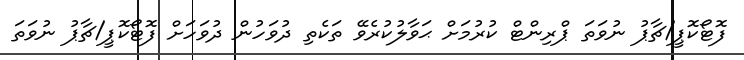
ފޮޓޯކޮޕީ/ޗާޕު ނުވަތަ ޕްރިންޓް ކުރުމަށް ޙަވާލުކުރެވޭ ތަކެތި ދުވަހުން ދުވަހަށް ފޮޓޯކޮޕީ/ޗާޕު ނުވަތަ